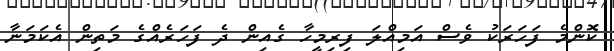
ކޮންމެ ފަހަރަކު ވެސް އަމިއްލަ ފިރިމީހާ ގެއިން ދެ ފަހަރެއްގެ މަތިން އެކަމަނާ